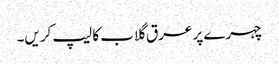
چہرے پر عرق گلاب کا لیپ کریں۔